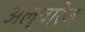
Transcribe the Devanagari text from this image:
अल्वारेज